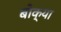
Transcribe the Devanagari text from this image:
बोक्‍या